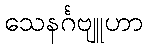
သေနင်္ဂဗျူဟာ